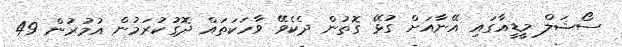
ސޯޝަލް މީޑީއާގައި އޭނާއަށް ގުޅޭ ގޮތުން ދެކެވޭ ވާހަކަތައް ދޮގުކުރަމުން އުމުރުން 49